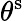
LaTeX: \theta^{\mathrm{s}}